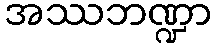
အဿဘဏ္ဍာ